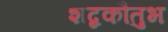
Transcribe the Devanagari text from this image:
शब्दकौतुभ